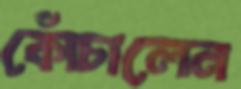
কোঁচালেন